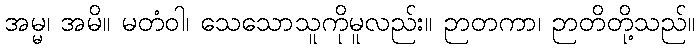
အမ္မ၊ အမိ။ မတံဝါ၊ သေသောသူကိုမူလည်း။ ဉာတကာ၊ ဉာတိတို့သည်။